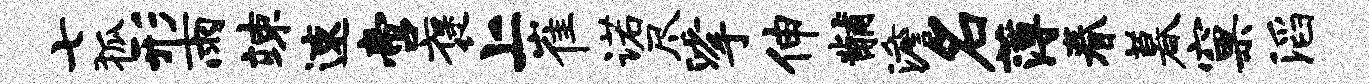
七狐形雨竦速啻褒上崔诺尽挲伸黼澹名薄眷暮窠滔